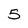
Character: 5